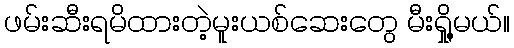
ဖမ်းဆီးရမိထားတဲ့မူးယစ်ဆေးတွေ မီးရှို့မယ်။